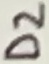
Text: D2